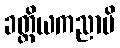
ခတ္တိယကညာပိ